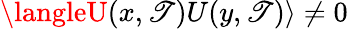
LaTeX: \langleU(x,\mathscr{T})U(y,\mathscr{T})\rangle\ne0